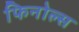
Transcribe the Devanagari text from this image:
फिनोल्स